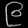
Digit: ၉